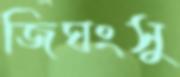
জিঘংসু